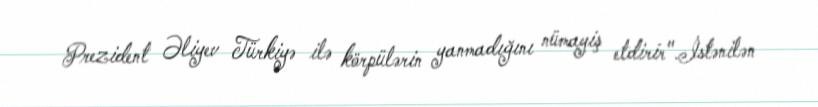
Prezident Əliyev Türkiyə ilə körpülərin yanmadığını nümayiş etdirir".İstənilən